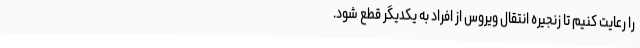
را رعایت کنیم تا زنجیره انتقال ویروس از افراد به یکدیگر قطع شود.